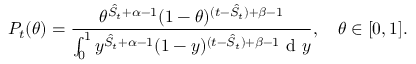
P _ { t } ( \theta ) = \frac { \theta ^ { \hat { S } _ { t } + \alpha - 1 } ( 1 - \theta ) ^ { ( t - \hat { S } _ { t } ) + \beta - 1 } } { \int _ { 0 } ^ { 1 } y ^ { \hat { S } _ { t } + \alpha - 1 } ( 1 - y ) ^ { ( t - \hat { S } _ { t } ) + \beta - 1 } \mathrm { ~ d ~ } y } , \quad \theta \in [ 0 , 1 ] .